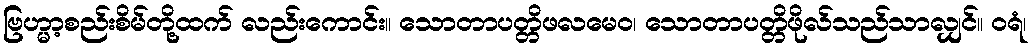
ဗြဟ္မာ့စည်းစိမ်တို့ထက် လည်းကောင်း။ သောတာပတ္တိဖလမေဝ၊ သောတာပတ္တိဖိုလ်သည်သာလျှင်။ ဝရံ၊